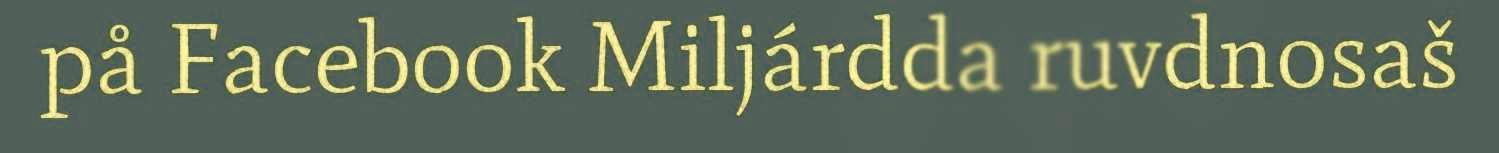
på Facebook Miljárdda ruvdnosaš